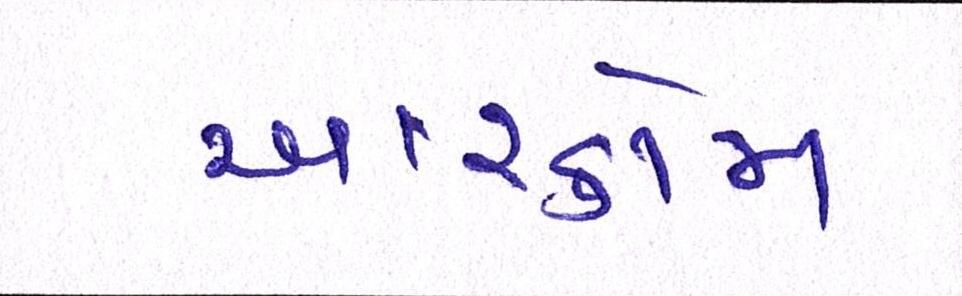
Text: આરકોમ